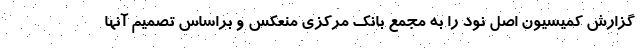
گزارش کمیسیون اصل نود را به مجمع بانک مرکزی منعکس و براساس تصمیم آنها